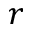
r